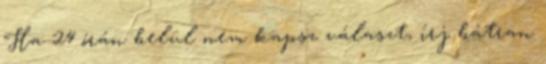
Ha 24 órán belül nem kapsz választ, írj bátran